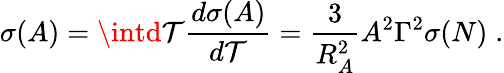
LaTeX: \sigma(A)=\intd\mathcal{T}\frac{{d\sigma(A)}}{{d\mathcal{T}}}=\frac{{3}}{{R_{A}^{2}}}A^{2}\Gamma^{2}\sigma(N)\; .